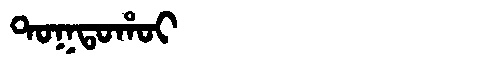
Manchu: ᡨᠣᡴᡨᠣᡥᠣᡳ
Romanization: TOKTOHOI